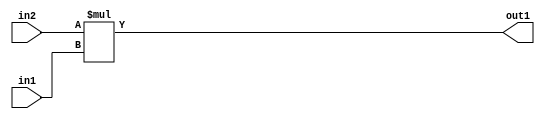
`timescale 1ps / 1ps
/*****************************************************************************
    Verilog RTL Description
    
    
    Created by: Stratus DpOpt 2019.1.01 
*******************************************************************************/

module SobelFilter_Mul_10Ux8U_18U_4 (
	in2,
	in1,
	out1
	); /* architecture "behavioural" */ 
input [9:0] in2;
input [7:0] in1;
output [17:0] out1;
wire [17:0] asc001;

assign asc001 = 
	+(in2 * in1);

assign out1 = asc001;
endmodule

/* CADENCE  ubD4Qw0= : u9/ySgnWtBlWxVPRXgAZ4Og= ** DO NOT EDIT THIS LINE ******/